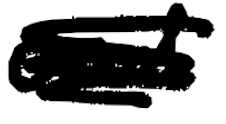
Text: and
Cross-out: scratch
Writing tool: digital_black